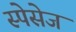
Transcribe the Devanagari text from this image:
स्पेसेज